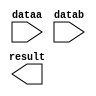
// megafunction wizard: %LPM_MULT%VBB%
// GENERATION: STANDARD
// VERSION: WM1.0
// MODULE: lpm_mult 

// ============================================================
// Megafunction Name(s):
// 			lpm_mult
//
// Simulation Library Files(s):
// 			lpm
// ============================================================
// ************************************************************
// THIS IS A WIZARD-GENERATED FILE. DO NOT EDIT THIS FILE!
//
// 13.0.1 Build 232 06/12/2013 SP 1 SJ Web Edition
// ************************************************************

//Copyright (C) 1991-2013 Altera Corporation
//Your use of Altera Corporation's design tools, logic functions 
//and other software and tools, and its AMPP partner logic 
//functions, and any output files from any of the foregoing 
//(including device programming or simulation files), and any 
//associated documentation or information are expressly subject 
//to the terms and conditions of the Altera Program License 
//Subscription Agreement, Altera MegaCore Function License 
//Agreement, or other applicable license agreement, including, 
//without limitation, that your use is for the sole purpose of 
//programming logic devices manufactured by Altera and sold by 
//Altera or its authorized distributors.  Please refer to the 
//applicable agreement for further details.

module Mul8 (
	dataa,
	datab,
	result);

	input	[7:0]  dataa;
	input	[7:0]  datab;
	output	[15:0]  result;

endmodule

// ============================================================
// CNX file retrieval info
// ============================================================
// Retrieval info: PRIVATE: AutoSizeResult NUMERIC "1"
// Retrieval info: PRIVATE: B_isConstant NUMERIC "0"
// Retrieval info: PRIVATE: ConstantB NUMERIC "0"
// Retrieval info: PRIVATE: INTENDED_DEVICE_FAMILY STRING "Cyclone IV E"
// Retrieval info: PRIVATE: LPM_PIPELINE NUMERIC "0"
// Retrieval info: PRIVATE: Latency NUMERIC "0"
// Retrieval info: PRIVATE: SYNTH_WRAPPER_GEN_POSTFIX STRING "0"
// Retrieval info: PRIVATE: SignedMult NUMERIC "0"
// Retrieval info: PRIVATE: USE_MULT NUMERIC "1"
// Retrieval info: PRIVATE: ValidConstant NUMERIC "0"
// Retrieval info: PRIVATE: WidthA NUMERIC "8"
// Retrieval info: PRIVATE: WidthB NUMERIC "8"
// Retrieval info: PRIVATE: WidthP NUMERIC "16"
// Retrieval info: PRIVATE: aclr NUMERIC "0"
// Retrieval info: PRIVATE: clken NUMERIC "0"
// Retrieval info: PRIVATE: new_diagram STRING "1"
// Retrieval info: PRIVATE: optimize NUMERIC "0"
// Retrieval info: LIBRARY: lpm lpm.lpm_components.all
// Retrieval info: CONSTANT: LPM_HINT STRING "MAXIMIZE_SPEED=5"
// Retrieval info: CONSTANT: LPM_REPRESENTATION STRING "UNSIGNED"
// Retrieval info: CONSTANT: LPM_TYPE STRING "LPM_MULT"
// Retrieval info: CONSTANT: LPM_WIDTHA NUMERIC "8"
// Retrieval info: CONSTANT: LPM_WIDTHB NUMERIC "8"
// Retrieval info: CONSTANT: LPM_WIDTHP NUMERIC "16"
// Retrieval info: USED_PORT: dataa 0 0 8 0 INPUT NODEFVAL "dataa[7..0]"
// Retrieval info: USED_PORT: datab 0 0 8 0 INPUT NODEFVAL "datab[7..0]"
// Retrieval info: USED_PORT: result 0 0 16 0 OUTPUT NODEFVAL "result[15..0]"
// Retrieval info: CONNECT: @dataa 0 0 8 0 dataa 0 0 8 0
// Retrieval info: CONNECT: @datab 0 0 8 0 datab 0 0 8 0
// Retrieval info: CONNECT: result 0 0 16 0 @result 0 0 16 0
// Retrieval info: GEN_FILE: TYPE_NORMAL Mul8.v TRUE
// Retrieval info: GEN_FILE: TYPE_NORMAL Mul8.inc FALSE
// Retrieval info: GEN_FILE: TYPE_NORMAL Mul8.cmp FALSE
// Retrieval info: GEN_FILE: TYPE_NORMAL Mul8.bsf FALSE
// Retrieval info: GEN_FILE: TYPE_NORMAL Mul8_inst.v FALSE
// Retrieval info: GEN_FILE: TYPE_NORMAL Mul8_bb.v TRUE
// Retrieval info: LIB_FILE: lpm